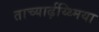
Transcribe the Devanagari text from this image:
ताच्यार्ढ़य्थ्मिया